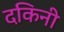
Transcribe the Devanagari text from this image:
दकिनी